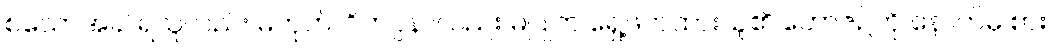
စသောအခါ ရသူလည်း မဟုတ်၊ ဝိကပ္ပနာလည်း မပြုဘဲ ရှေ့ဖိတ်ထားသူ၏ ဘောဇဉ်ကို နောက်မှ စား၊